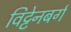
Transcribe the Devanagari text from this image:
विट्टेनबर्ग